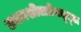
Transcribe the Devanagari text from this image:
उद्यमशीलतेबद्द्ल